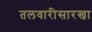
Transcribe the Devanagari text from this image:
तलवारीसारखा